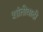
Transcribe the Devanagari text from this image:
शांतीवादी